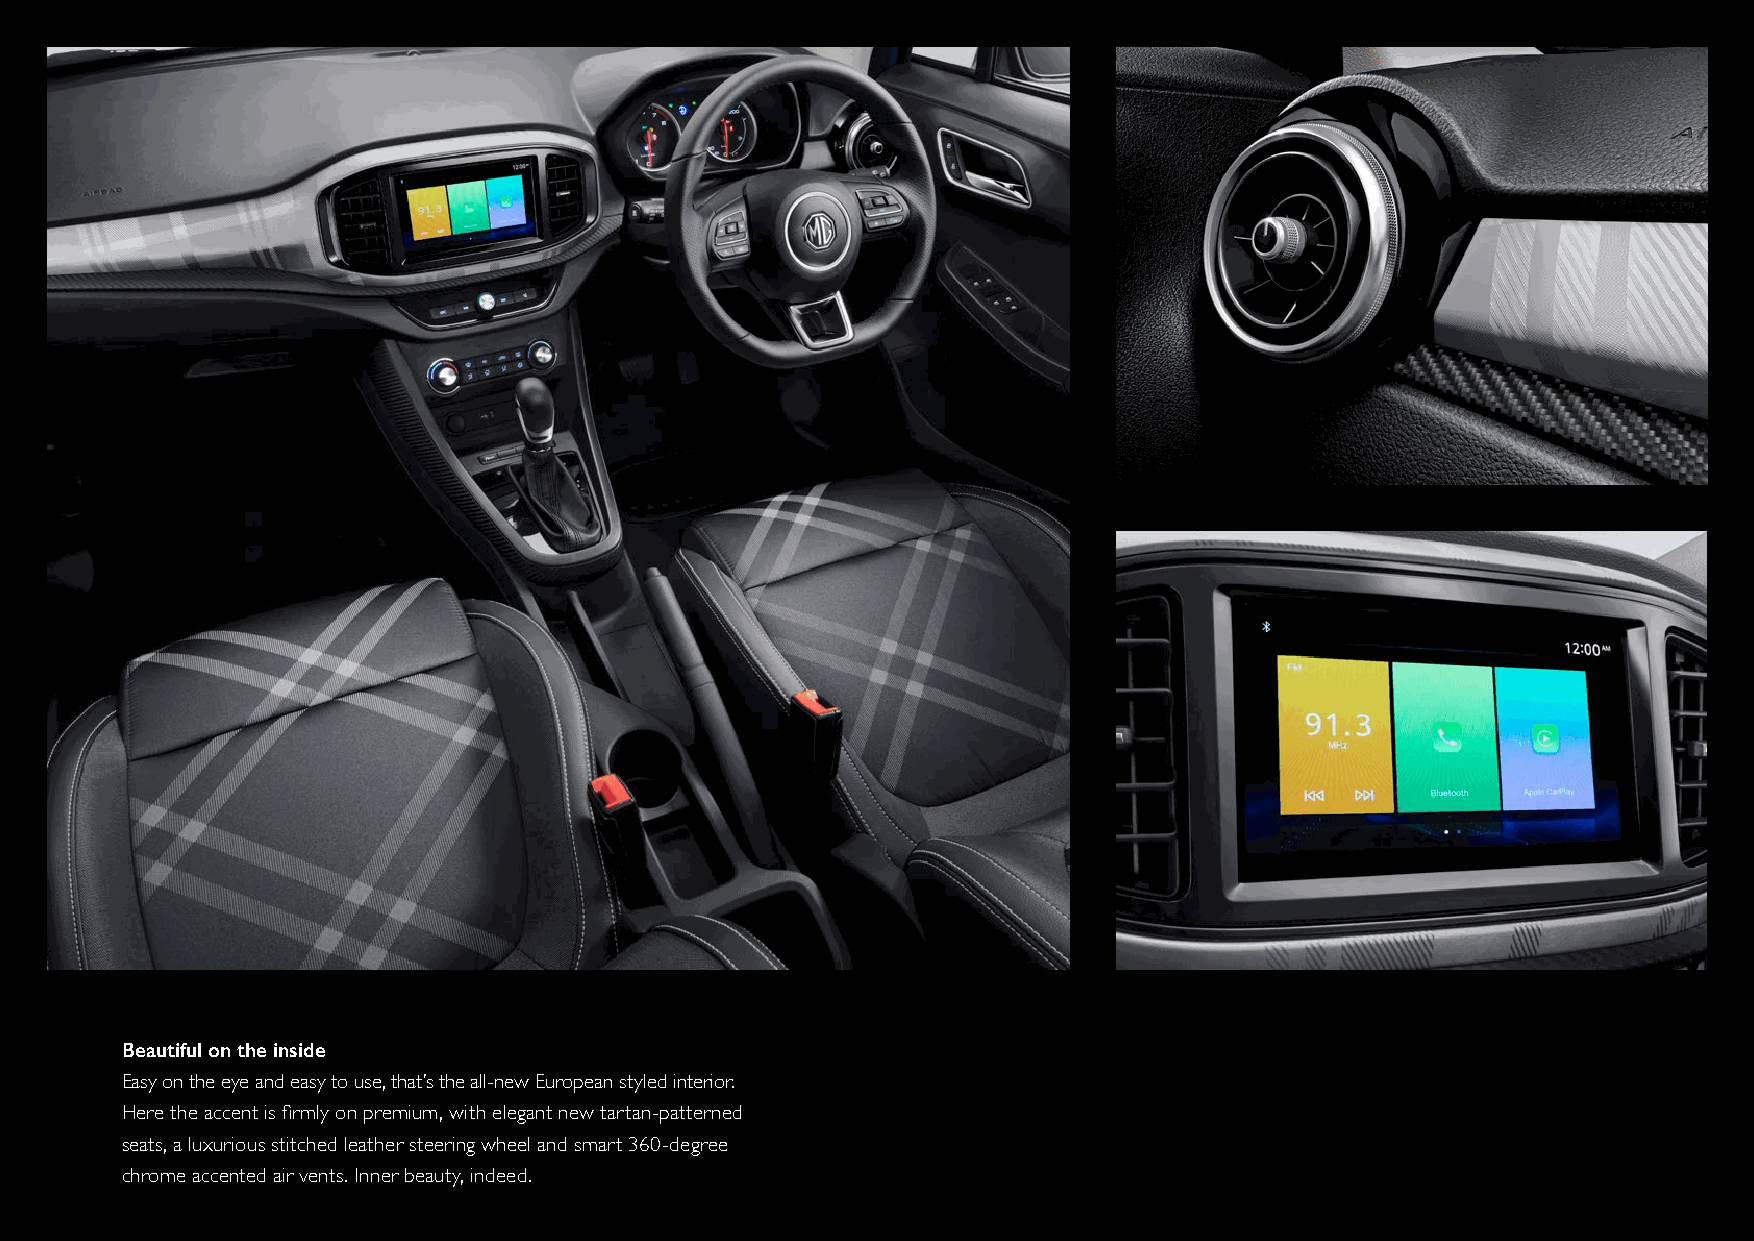
Beautiful on the inside
 Easy on the eye and easy to use, that’s the all-new European styled interior.
 Here the accent is firmly on premium, with elegant new tartan-patterned
 seats, a luxurious stitched leather steering wheel and smart 360-degree
 chrome accented air vents. Inner beauty, indeed.